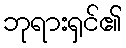
ဘုရားရှင်၏